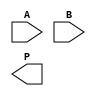
module WallaceTreeMultiplier #(parameter N = 4) (
    input  [N-1:0] A,    // First operand
    input  [N-1:0] B,    // Second operand
    output [2*N-1:0] P   // Product output
);
    // Partial Product Generation
    wire [N-1:0] pp [0:N-1]; // Partial products matrix

    generate
        genvar i;
        for (i = 0; i < N; i = i + 1) begin: generate_pp
            assign pp[i] = A & {N{B[i]}}; // ANDing A with each bit of B
        end
    endgenerate

    // Wallace Tree Reduction
    wire [N+1:0] sum [0:N-1];  // Sums for CSA
    wire [N-1:0] carry [0:N-1]; // Carries for CSA
    wire [N-1:0] final_sum [0:1]; // To hold the final sums
    wire [N-1:0] final_carry; // To hold the final carry

    // Initial stage of CSA
    generate
        genvar j;
        for (j = 0; j < N; j = j + 1) begin: CSA_initial
            assign sum[j] = {1'b0, pp[j]} + {1'b0, pp[j+1]} + {1'b0, pp[j+2]};
            assign carry[j] = sum[j][N+1]; // carry out of CSA
        end
    endgenerate

    // Further stages of CSA
    // Assuming a maximum of 2N/3 stages (depends on N)
    generate
        genvar k;
        for (k = 0; k < N/3; k = k + 1) begin: CSA_reduction
            wire [N+1:0] temp_sum;
            wire [N-1:0] temp_carry;

            assign temp_sum = sum[k] + sum[k+1] + sum[k+2];
            assign temp_carry = carry[k] + carry[k+1] + carry[k+2];

            assign final_sum[k] = temp_sum[N-1:0];
            assign final_carry[k] = temp_carry;
        end
    endgenerate

    // Final Addition
    wire [2*N-1:0] final_add_result;

    // Use a simple ripple-carry adder for final addition
    assign final_add_result = {final_sum[0], 1'b0} + {final_carry, 1'b0};

    // Assign product output
    assign P = final_add_result;

endmodule